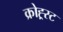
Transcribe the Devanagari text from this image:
क्रोह्र्स्ट